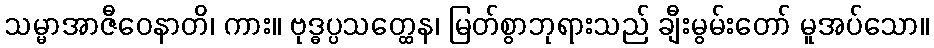
သမ္မာအာဇီဝေနာတိ၊ ကား။ ဗုဒ္ဓပ္ပသတ္ထေန၊ မြတ်စွာဘုရားသည် ချီးမွမ်းတော် မူအပ်သော။